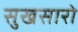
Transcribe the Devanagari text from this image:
सुखसारो